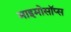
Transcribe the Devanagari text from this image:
माइमोसॉप्स